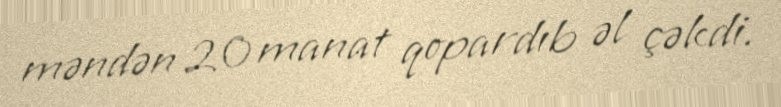
məndən 20 manat qopardıb əl çəkdi.